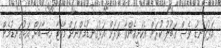
އަޅުގަނޑު ވެސް ގަބޫލު ކުރަން އެކަށީގެންވާ ވަރަށް އަޅުގަނޑުމެންނަށް މާކެޓާ ހިސާބަށް އަޅުގަނޑުމެން